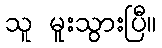
သူ မူးသွားပြီ။